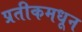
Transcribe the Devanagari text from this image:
प्रतीकमधून